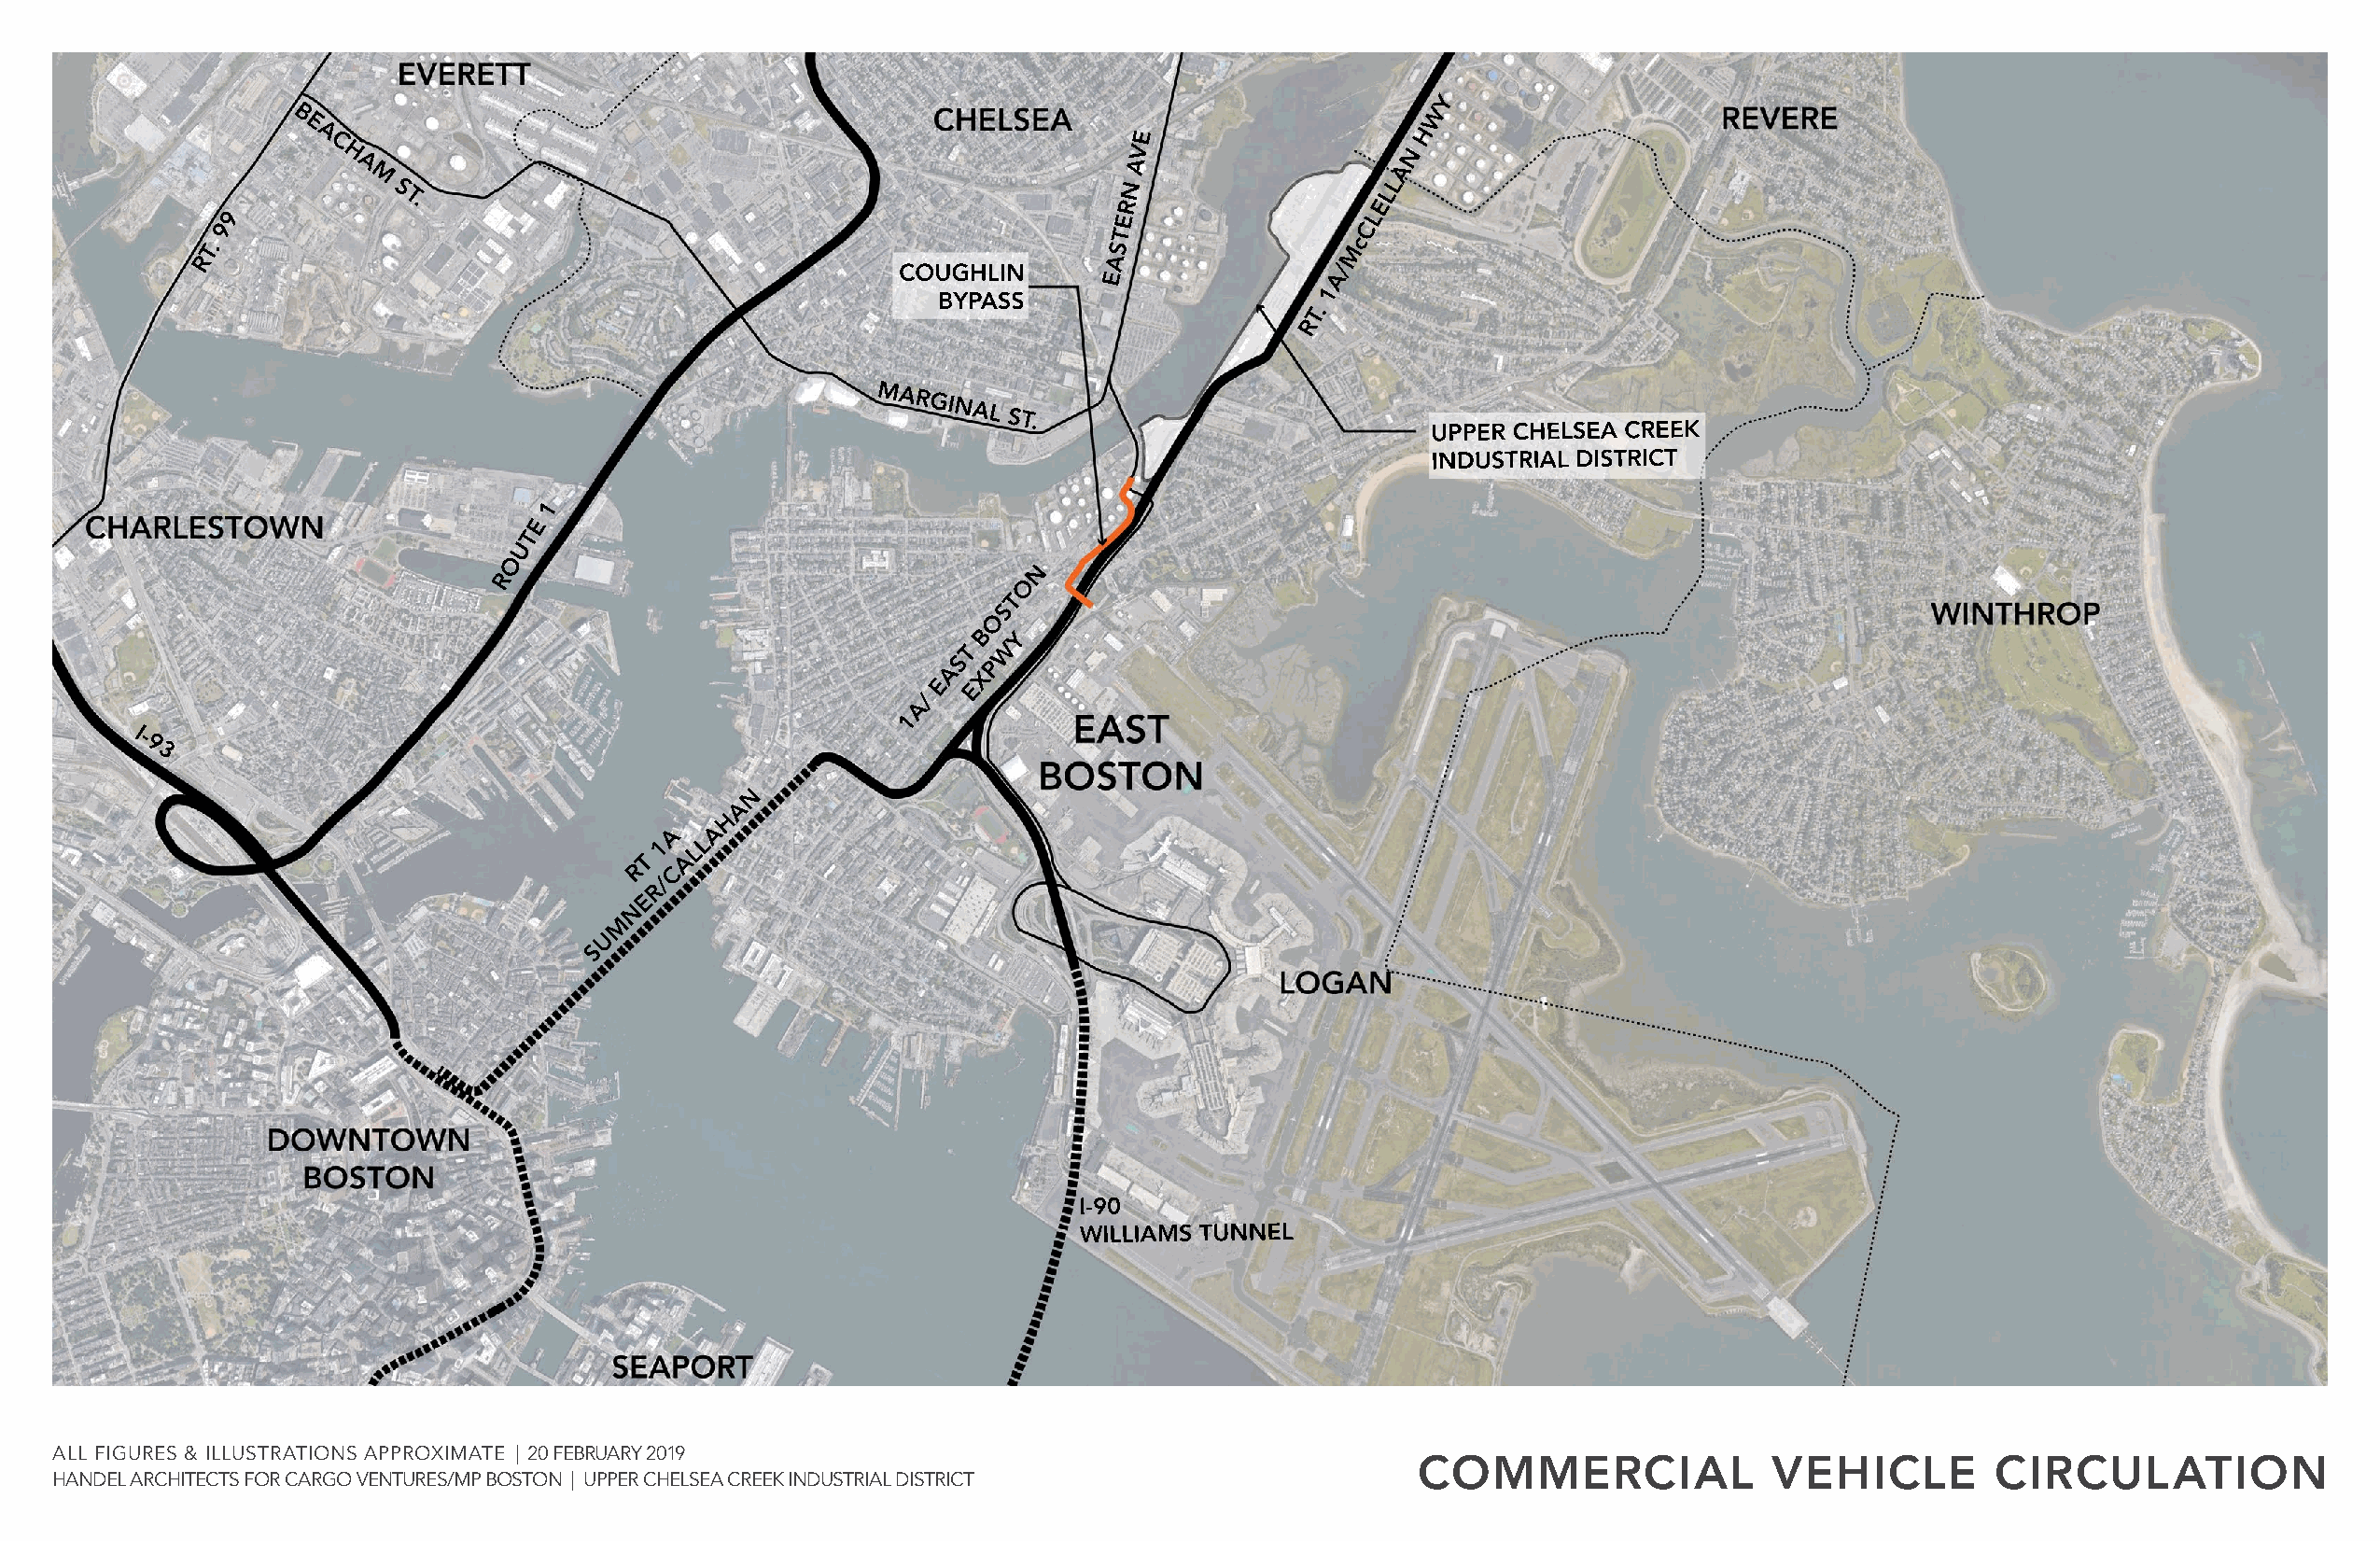
Y
 B                                                                                W
 E
 A                                                         E                    H
 C H                                                      V                   N
 A                                                      A                  A
 M S
 T.
 RN                 ELL
 9                                                              E                 L
 9                                                                                 C
 T.
 ST
 Mc
 R                                                                A
 COUGHLIN                       /
 E               A
 1
 BYPASS
 T.
 R
 MARGINAL
 ST.
 UPPER CHELSEA CREEK
 INDUSTRIAL DISTRICT
 1
 E
 T
 U
 O
 N
 R
 O
 T
 S
 O
 B  Y
 T  W
 AS XP
 /
 E  E
 A
 1
 I-
 9
 3
 N
 A
 H
 A   A
 1  L
 T
 AL
 R  C
 /
 R
 E
 N
 M
 U
 S
 I-90
 WILLIAMS TUNNEL
 ALL FIGURES & ILLUSTRATIONS APPROXIMATE | 20 FEBRUARY 2019
 COMMERCIAL               VEHICLE         CIRCULATION
 HANDEL ARCHITECTS FOR CARGO VENTURES/MP BOSTON | UPPER CHELSEA CREEK INDUSTRIAL DISTRICT